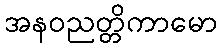
အနဝညတ္တိကာမော